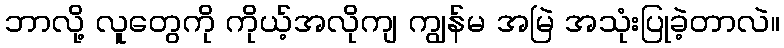
ဘာလို့ လူတွေကို ကိုယ့်အလိုကျ ကျွန်မ အမြဲ အသုံးပြုခဲ့တာလဲ။